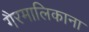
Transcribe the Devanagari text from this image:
गैरमालिकाना